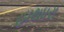
હાથધરા